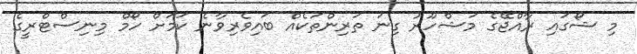
މި ޝޯގައި ރާއްޖޭގެ މަޝްހޫރު ގިނަ ތަރިންތަކެއް ބައިވެރިވާނެ ކަމަށް ހޯމް މިނިސްޓްރީގެ